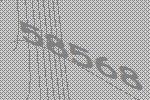
58568